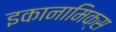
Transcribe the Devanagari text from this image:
इकानामिक्स